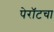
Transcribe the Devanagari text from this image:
पेरॉटचा